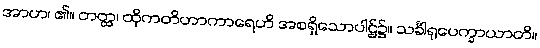
အာဟ၊ ၏။ တတ္ထ၊ ထိုကတိဟာကာရေဟိ အစရှိသောပါဌ်၌။ သင်္ခါရုပေက္ခာယာတိ။